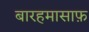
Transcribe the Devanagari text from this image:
बारहमासाफ़